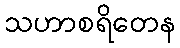
သဟာစရိတေန